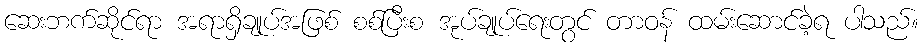
ဆေးဘက်ဆိုင်ရာ အရာရှိချုပ်အဖြစ် စစ်ပြီးစ အုပ်ချုပ်ရေးတွင် တာဝန် ထမ်းဆောင်ခဲ့ရ ပါသည်။